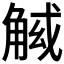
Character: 𧣱